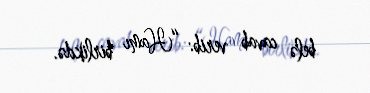
belə cavab verib: “Hamı birlikdə.